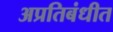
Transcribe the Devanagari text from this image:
अप्रतिबंधीत